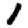
Digit: 1